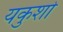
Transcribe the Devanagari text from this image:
यकुशो